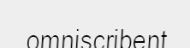
omniscribent